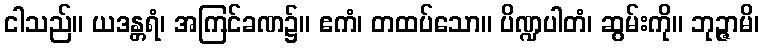
ငါသည်။ ယဒန္တရံ၊ အကြင်ခဏ၌။ ဧကံ၊ တထပ်သော။ ပိဏ္ဍပါတံ၊ ဆွမ်းကို။ ဘုဉ္ဇာမိ၊